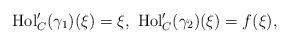
\begin{align*}{\rm Hol}'_C(\gamma_1)(\xi)=\xi,\ {\rm Hol}'_C(\gamma_2)(\xi)=f(\xi), \end{align*}